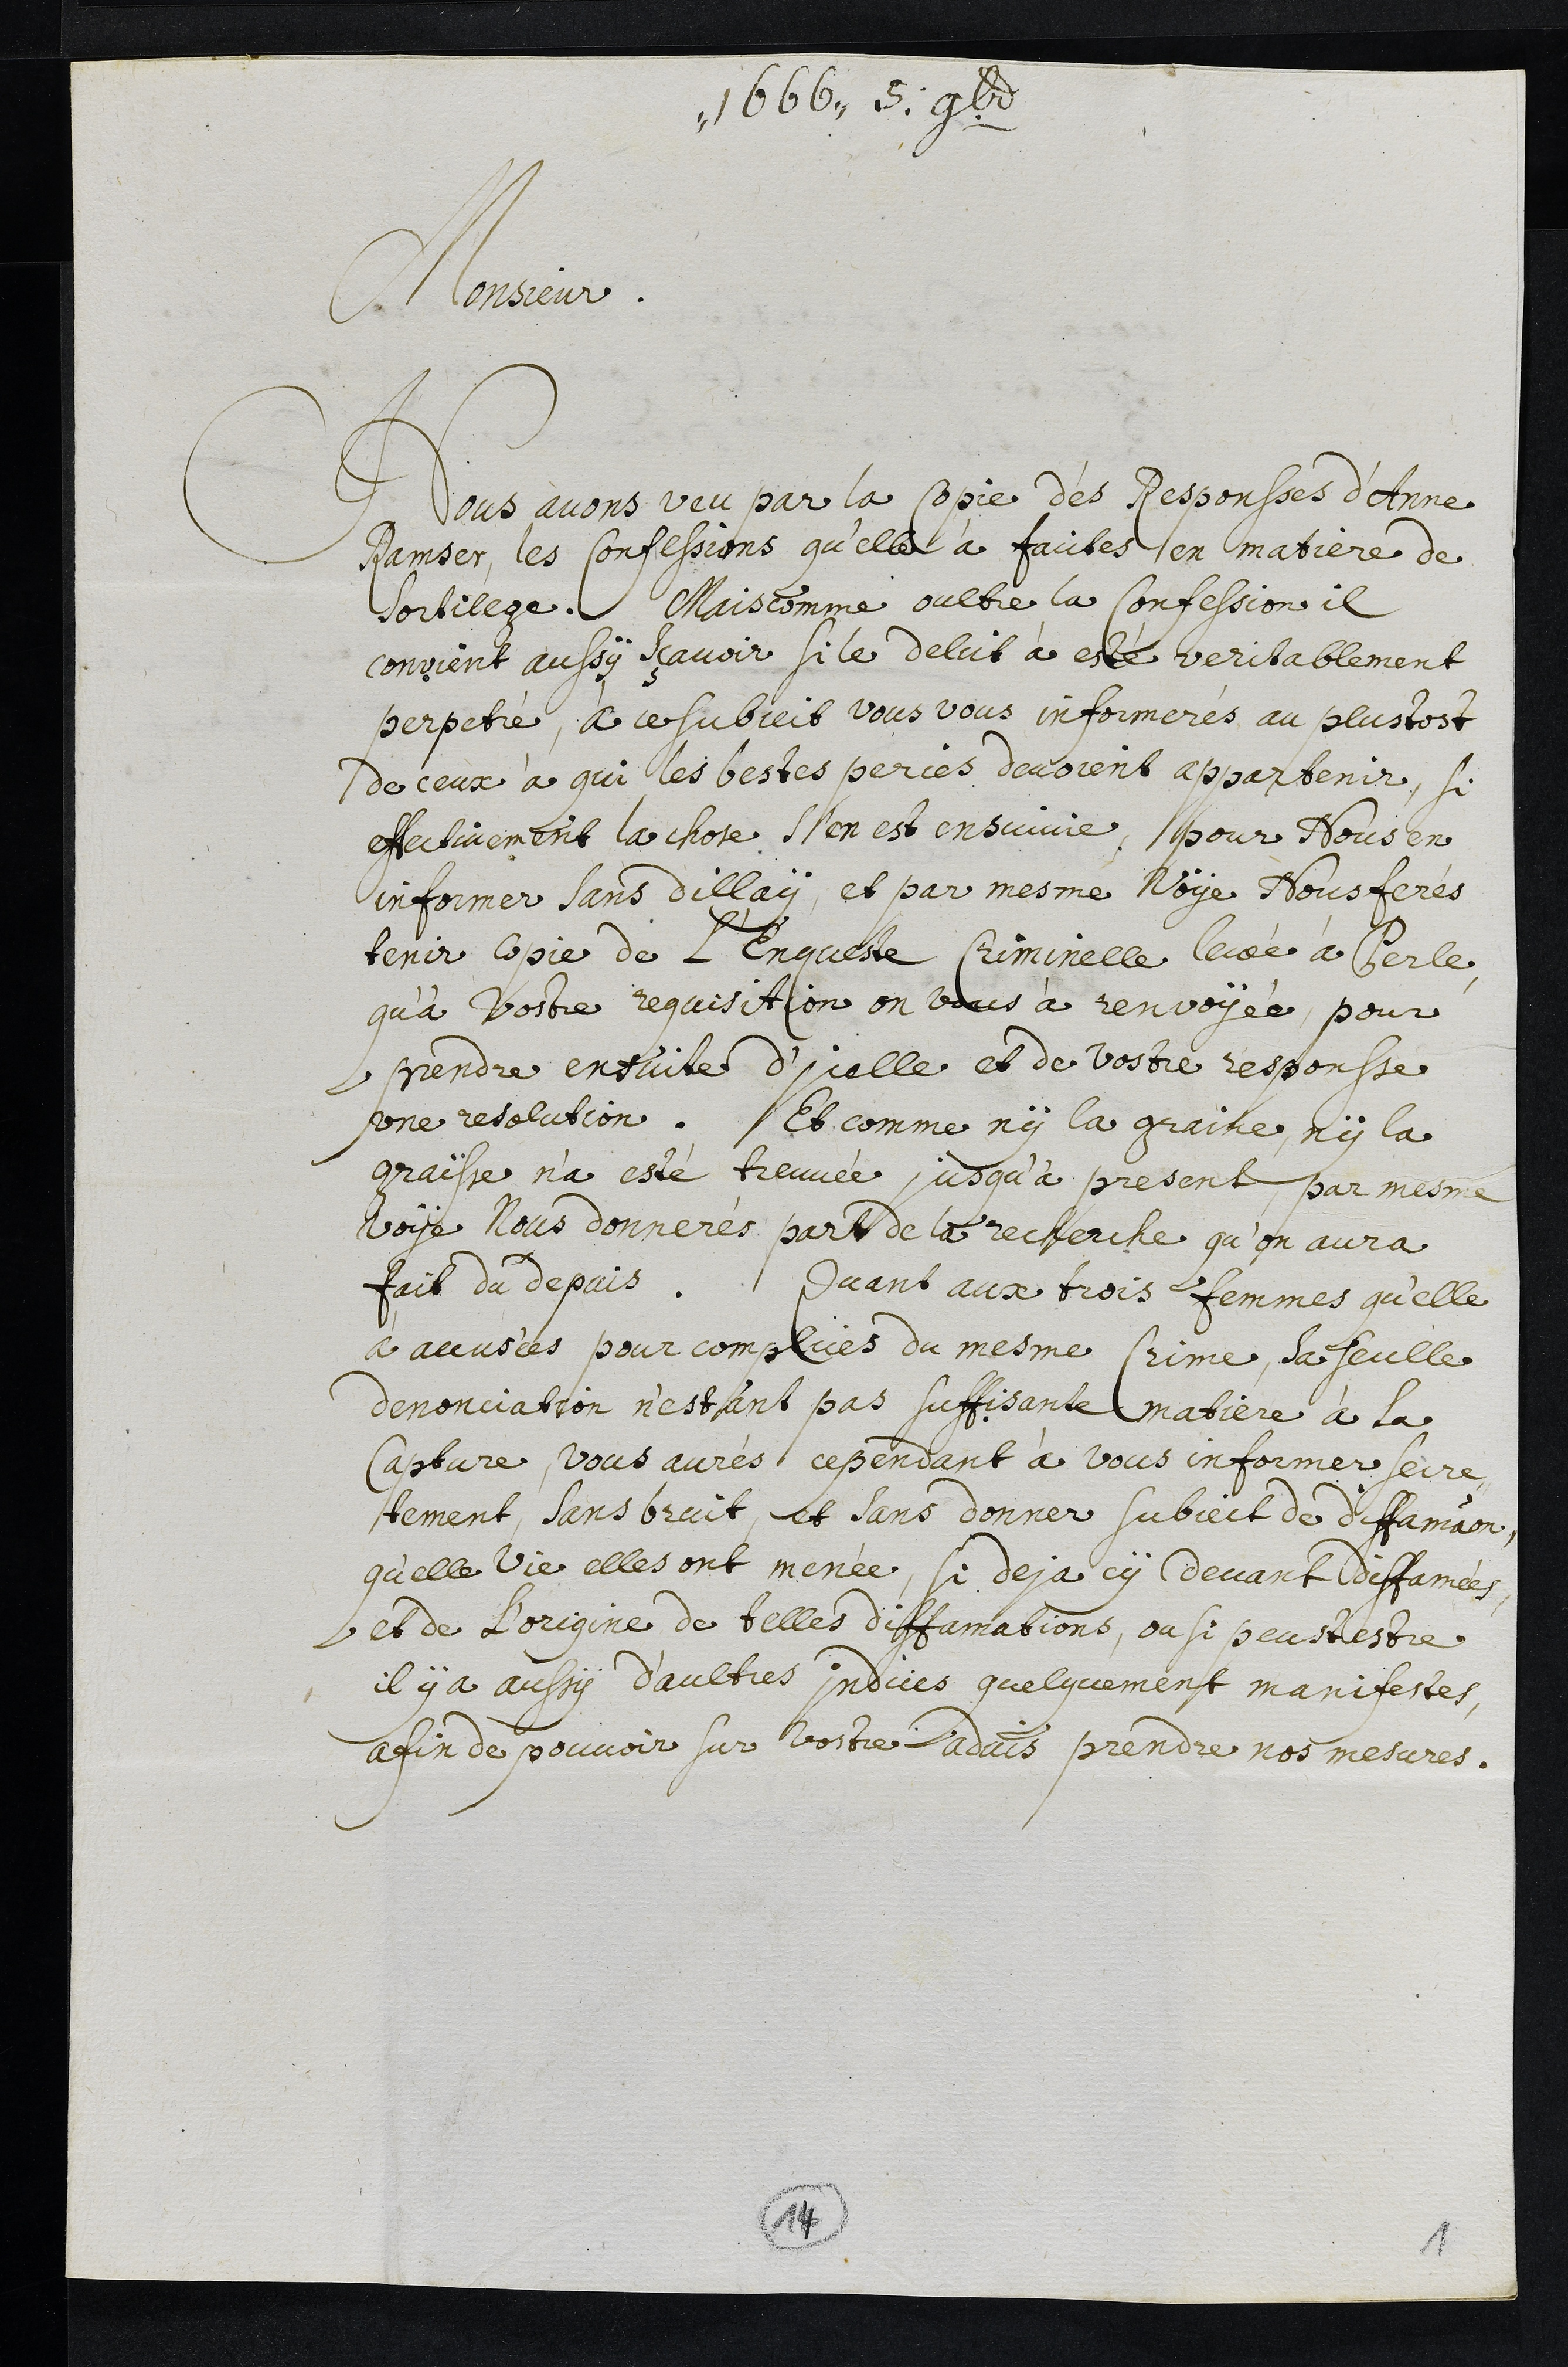
1666 5. 9bre
Monsieur
Nous avons veu par la copie des Responses d'Anne
Ramser, les confessions qu’elle a faictes en matiere de
sortilege. Mais comme oultre la Confession il
convient aussy sçavoir si le delict à esté veritablement
perpetré, à ce subject vous vous informerés au plustost
de ceux à qui les bestes peries devoient appartenir, si
effectivement la chose s’en est ensuivie, pour Nous en
informer sans dillay, et par mesme voye Nous ferés
tenir copie de l'Enqueste criminelle levée à Perle,
qu’à vostre requisition on vous a renvoyée, pour
pendre ensuite d’icelle et de vostre responsse,
une resolution. Et comme ny la graine, ny la
graisse n'a esté treuvée jusqu’à present, par mesme
voye Nous donnerés part de la recherche qu’on aura
fait du depuis. Quant aux trois femmes qu’elle
a accusées pour complices du mesme crime, sa seulle
denonciation, n’estant pas suffisante matiere à la
Capture vous aurés cependant à vous informer secre¬
tement, sans bruit, et sans donner subject de diffamation,
qu’elle vie elles ont menée, si deja cy devant diffamées,
et de L'origine de telles diffamations, ou si peust estre
il y a aussy d’aultres indices quelquement manifestes,
afin de pouvoir sur vostre advis prendre nos mesures.
14
1